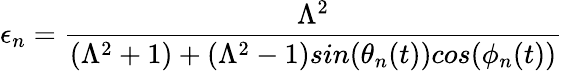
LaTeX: \epsilon_{n}=\frac{\Lambda^{2}}{(\Lambda^{2}+1)+(\Lambda^{2}-1)sin(\theta_{n}(t))cos(\phi_{n}(t))}